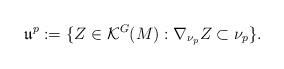
LaTeX: \begin{align*}\mathfrak u^p : = \{Z\in \mathcal K ^G(M): \nabla _ {\nu _p}Z \subset\nu _p\}. \end{align*}